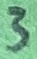
Text: 3